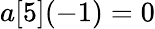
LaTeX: a[5](-1)=0